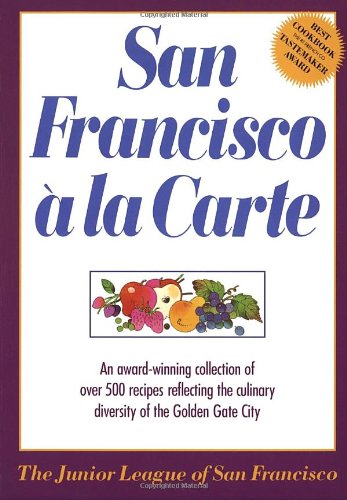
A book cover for San Francisco A La Carte; Junior League San Francisco; Cookbooks, Food & Wine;